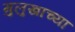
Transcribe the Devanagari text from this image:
मुलुखाच्या